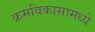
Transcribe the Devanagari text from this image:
क्रमविकासामध्ये